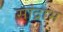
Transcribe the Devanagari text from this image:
सांद्राभ